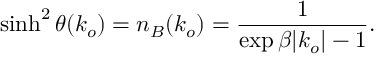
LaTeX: \sinh ^ { 2 } \theta ( k _ { o } ) = n _ { B } ( k _ { o } ) = { \frac { 1 } { \exp \beta | k _ { o } | - 1 } } .